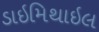
ડાઇમિથાઇલ